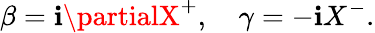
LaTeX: \beta=\mathbf{i}\partialX^{+},\quad\gamma=-\mathbf{i}X^{-}.